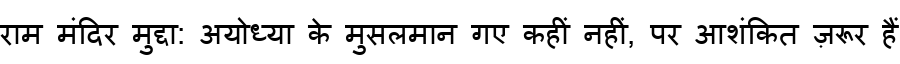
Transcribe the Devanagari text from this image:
राम मंदिर मुद्दा: अयोध्या के मुसलमान गए कहीं नहीं, पर आशंकित ज़रूर हैं